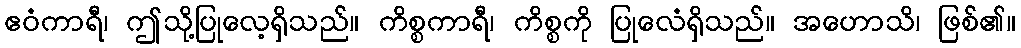
ဧဝံကာရီ၊ ဤသို့ပြုလေ့ရှိသည်။ ကိစ္စကာရီ၊ ကိစ္စကို ပြုလေံရှိသည်။ အဟောသိ၊ ဖြစ်၏။